Report on vaccination North-West Frontier Province 1904-1922 - 1904-1922
Year: 1904
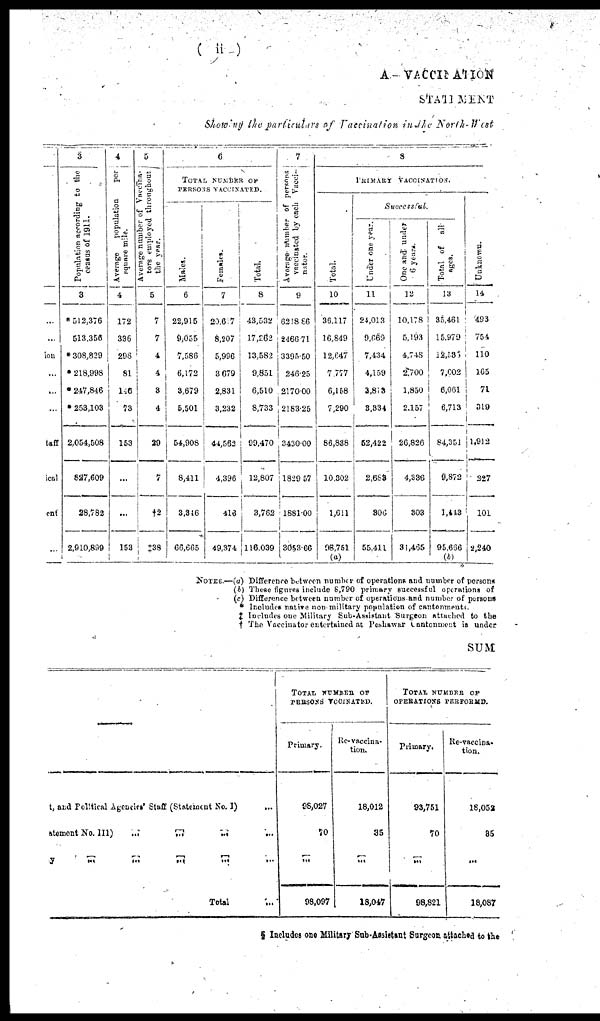
( ii)
A. — VACCINATION
STATIMENT
Showing the particulars of Vaccination in the North-West
...
...
ion
...
...
...
taff
ical
ent
...
3
Population according to the
census of 1911.
3
* 512,376
513,356
* 308,829
* 218,998
* 247,846
* 253,103
2,054,508
827,609
28,782
2,910,899
4
Average
population
per
square mile.
4
172
336
296
81
146
73
153
...
...
153
5
Average number of Vaccina¬
tors employed throughout
the year.
5
7
7
4
4
3
4
20
7
†2
‡38
6
TOTAL NUMBER OF
PERSONS VACCINATED.
Males.
6
22,915
9,055
7,586
6,172
3,679
5,501
54,908
8,411
3,316
66,665
Females.
7
20,617
8,207
5,996
3, 679
2,831
3,232
44,562
4,396
416
49,374
Total.
8
43,532
17,262
13,582
9,851
6,510
8,733
99,470
12,807
3,762
116,039
7
Average number of persons
vaccinated by each Vacci¬
nator.
9
6218.86
2466.71
3395.50
246.25
2170.00
2183.25
3430.00
1829.57
1881.00
3053.66
8
PRIMARY VACCINATION.
Total.
10
36,117
16,849
12,647
7,777
6,158
7,290
86,838
10,302
1,611
98,751
(a)
Successful.
Under one year.
11
24,013
9,669
7,434
4,159
3,813
3,334
52,422
2,688
306
55,411
One and under
6 years.
12
10,178
5,193
4,748
2,700
1,850
2,157
26,826
4,336
303
31,465
Total of all
ages.
13
35,461
15,979
18,536
7,602
6,061
6,713
84,351
9,872
1,443
95,636
(b)
Unknown.
14
493
754
110
165
71
319
1,912
227
101
2,240
NOTES.—(a) Difference between number of operations and number of persons
(b) These figures include 8,790 primary successful operations of
(c) Difference between number of operations, and number of persons
* Includes native non military population of cantonments.
‡ Includes one Military Sub-Assistant Surgeon attached to the
† The Vaccinator entertained at Peshawar Cantonment is under
SUM
t, and Political Agencies' Staff (Statement No. I)
atement No. III)
...
...
...
...
y
...
...
...
...
...
Total ...
TOTAL NUMBER OF
PERSONS VCCINATED.
Primary.
98,027
70
...
98,097
Re-vaccina-
tion.
18,012
35
...
18,047
TOTAL NUMBER OF
OPERATIONS PERFORMD.
Primary.
93,751
70
...
98,821
Re-vaccina¬
tion.
18,052
35
...
18,087
§ Includes one Military Sub-Assistant Surgeon attached to the